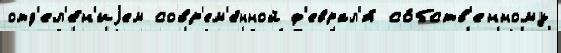
отд'ел'е́н'иjем совр'ем'е́нной ф'еврал'я́ со́бств'енному